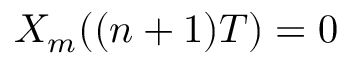
X _ { m } ( ( n + 1 ) T ) = 0